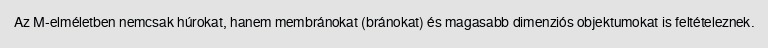
Az M-elméletben nemcsak húrokat, hanem membránokat (bránokat) és magasabb dimenziós objektumokat is feltételeznek.